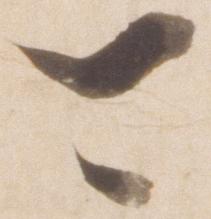
可